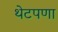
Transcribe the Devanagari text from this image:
थेटपणा